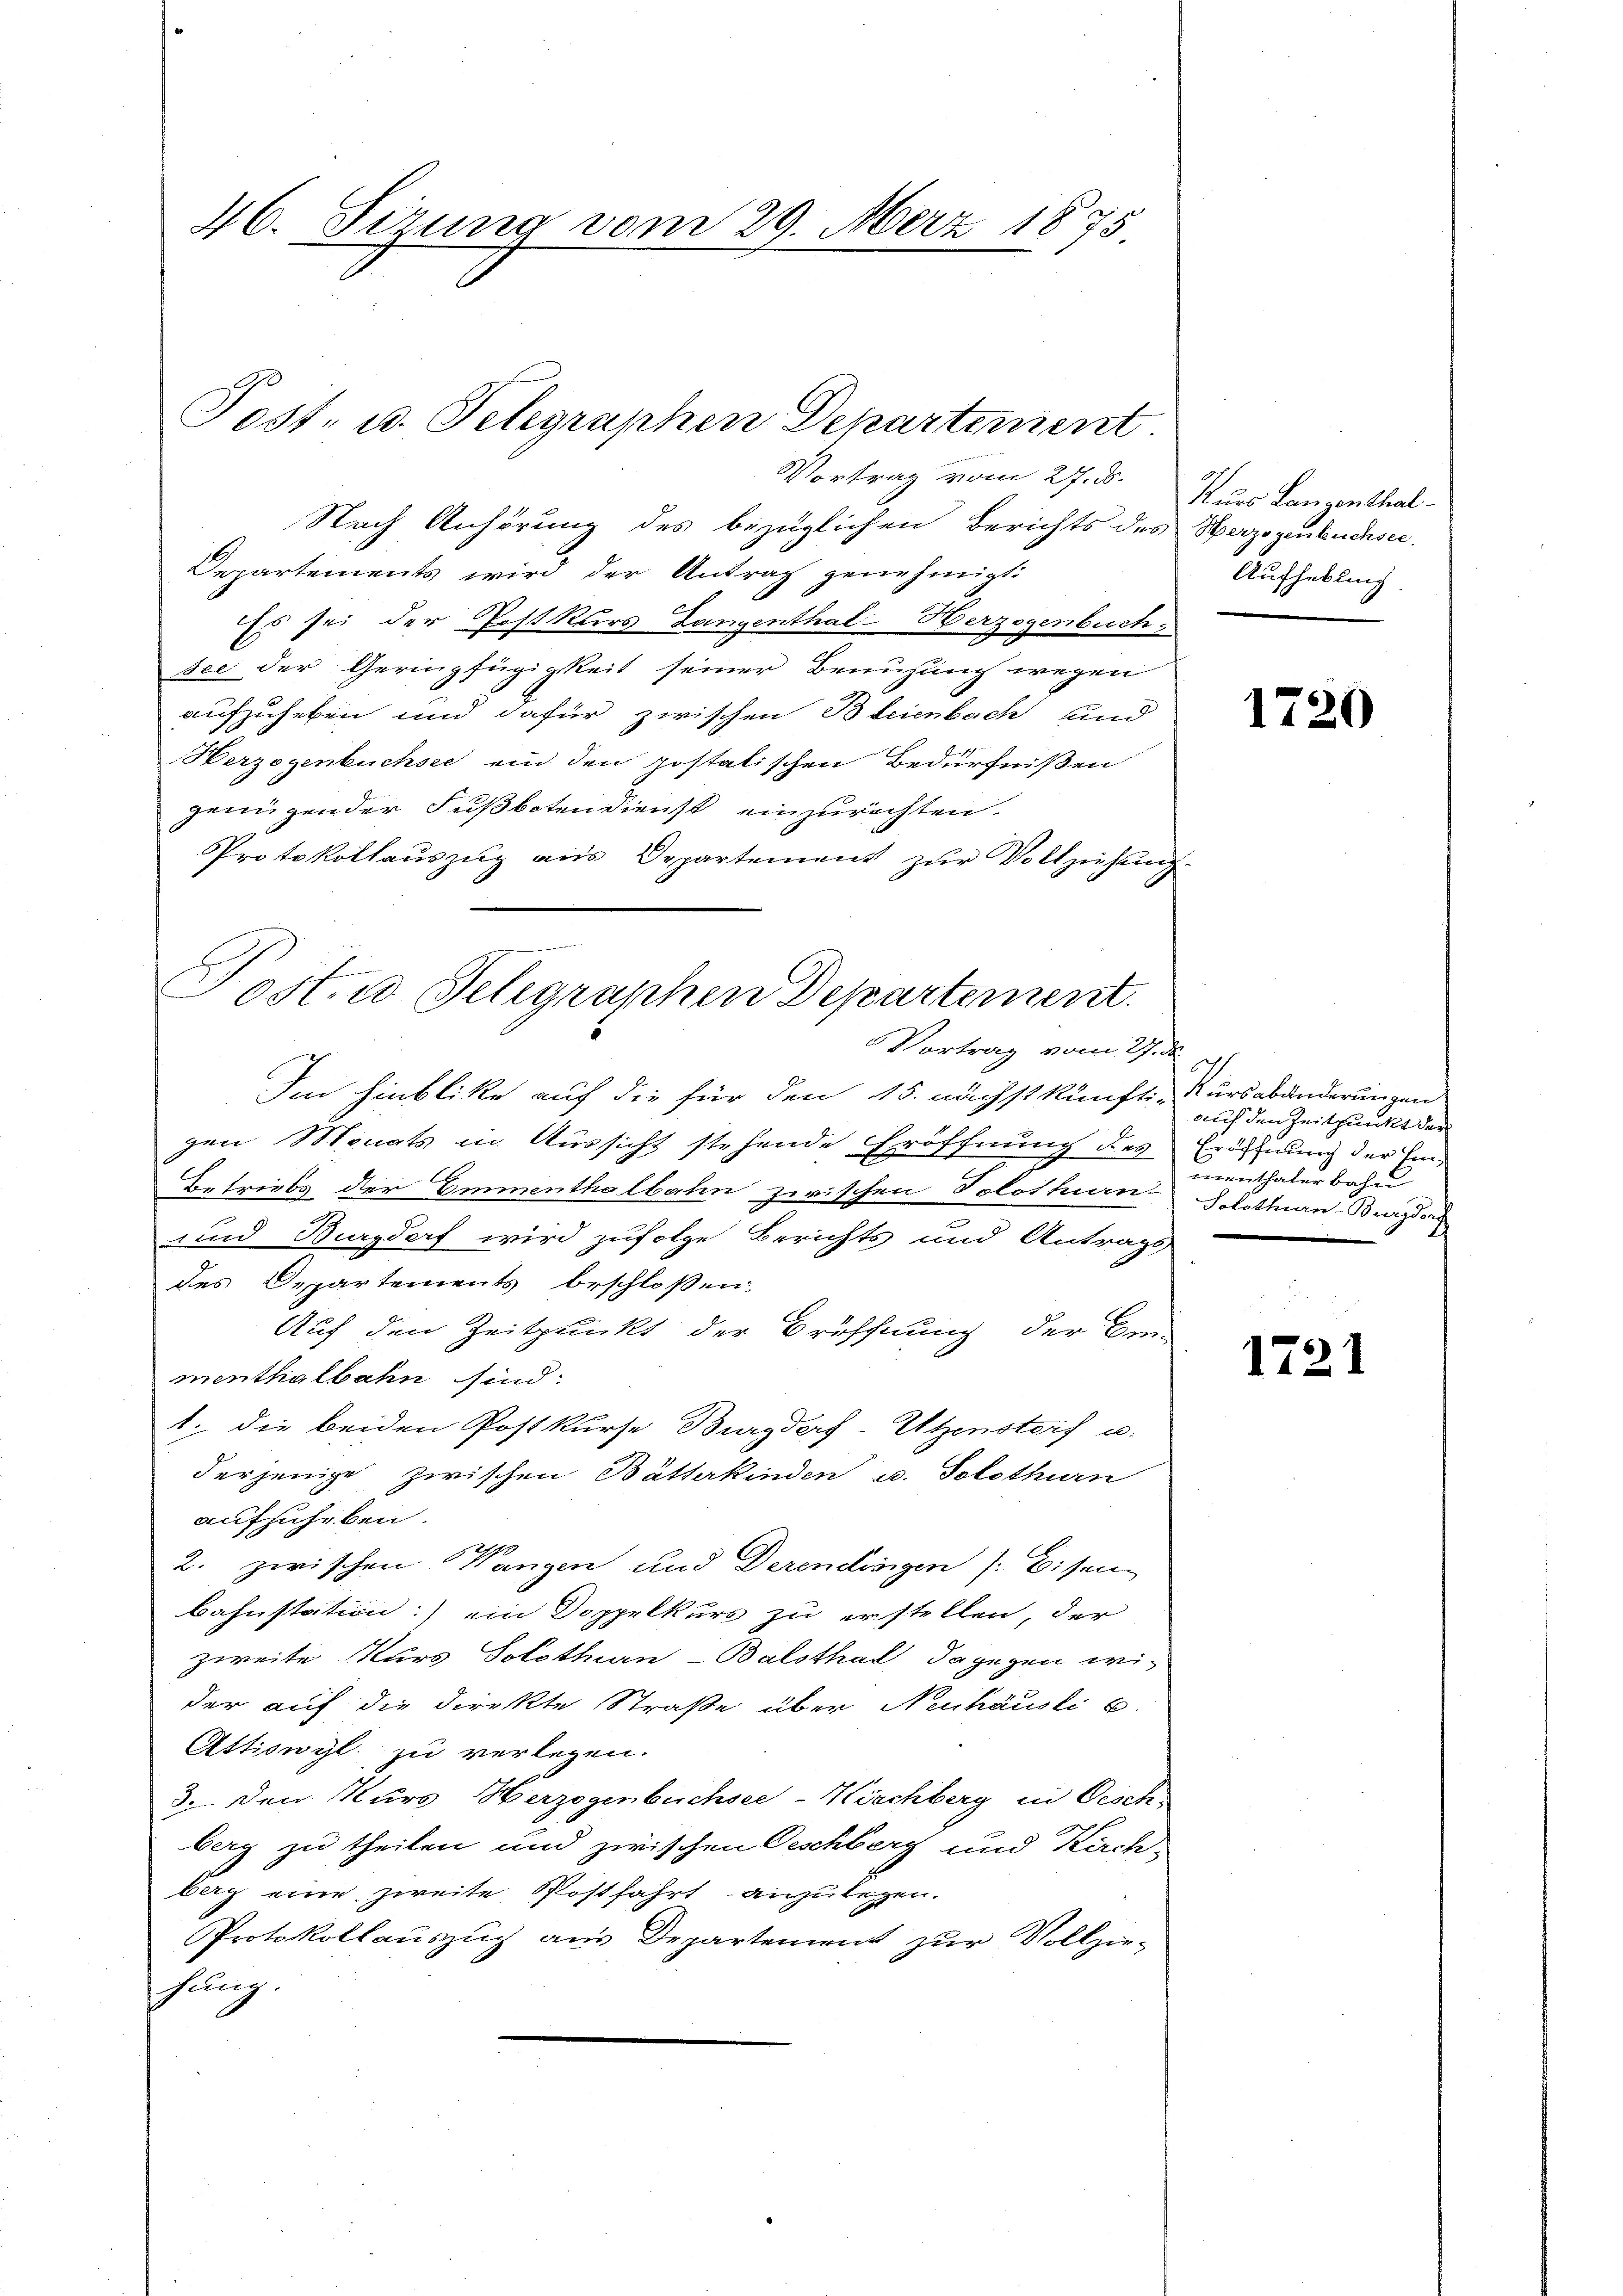
46. Sirung vom 29. März 1875.

Post- u. Telegraphen Departement

Nach Anhörung des bezüglichen Berichts des Herzogenbuchsee
Departements wird der Antrag genehmigt:
Es sei der Postkurs Langenthal Herzogenbuch
sce der Geringfügigkeit seiner Benuzung wegen
aufzuheben und dafür zwischen Bleienbach und
Herzogenbüchsee ein den postatischen Bedürfnißen
genügender Fußbotendienst einzurichten.
Protokollauszug aus Departement zur Vollziehung
Im Hinblike auf die für den 15. nächstkünfti-Kursabänderungen
gen Monats in Aussicht stehende Eröffnung des Eröfnung der Ein-
Betriebs der Emmenthalbahn zwischen Solothurn, Solothurn-Burgdor
und Burgdorf wird zufolge Berichts und Antrags
des Departements beschloßen
Auf den Zeitpluckt der Eröffnung der Be-
menthalbahn sind:
1. die beiden Postkurse Burgder-Utzenstorf u.
derjenige zwischen Bätterkinden u. Solothurn
aufzuheben.
70
2. zwischen Wangen und Derendinigen /: Eisen
bahnstation) ein Doppelkurs zu erstellen, der
zweite Kurs Solothurn-Balsthal, dagegen wider auf die Direkte Straße über Neuhausli 6.
Attiswyl zu verlegen.
3. den Kurs Herzogenbüchsee-Kirchberg in Oesch
berg zu theilen und zwischen Oeschberg und Kirch
berg eine zweite Postfahrt anzulegen.
Protokollauszug aus Departement zur Vollzie-
hung.

Post- u. Telegraschen Departement.
Vortrag vom 29. d.

Vortrag vom 27. ds.

Kurs Langenthal-
Aufhebung.

1720

I
auf den Zeitpunkt der
menthaler bahn
.

1721